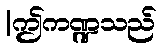
|ဤကဏ္ဍသည်